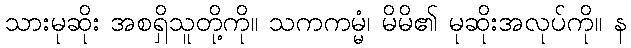
သားမုဆိုး အစရှိသူတို့ကို။ သကကမ္မံ၊ မိမိ၏ မုဆိုးအလုပ်ကို။ န